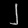
Digit: ၂